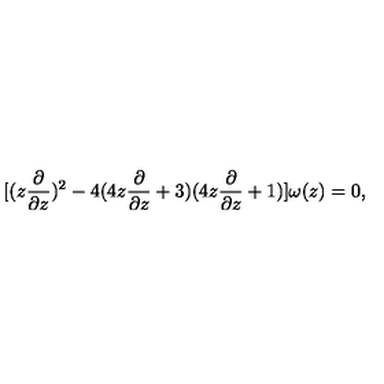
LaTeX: [ ( z \frac { \partial } { \partial z } ) ^ { 2 } - 4 ( 4 z \frac { \partial } { \partial z } + 3 ) ( 4 z \frac { \partial } { \partial z } + 1 ) ] \omega ( z ) = 0 ,